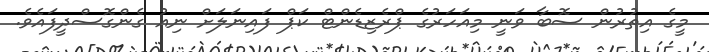
މީގެ އިތުރުން ސޮބާ ވަނީ މިއަހަރުގެ ޕްރެޒިޑެންޓް ކަޕް ފައިނަލަށް ނިއު ގެންގޮސްދީފައެވެ.